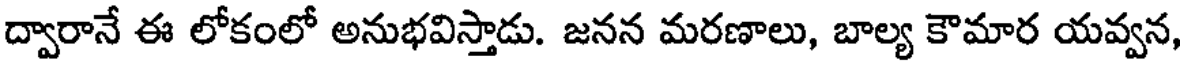
ద్వారానే ఈ లోకంలో అనుభవిస్తాడు. జనన మరణాలు, బాల్య కౌమార యవ్వన,